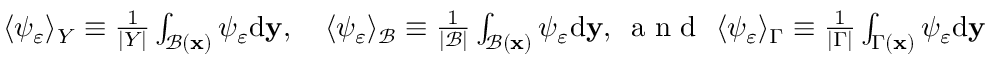
\begin{array} { r } { \langle \psi _ { \varepsilon } \rangle _ { Y } \equiv \frac { 1 } { | Y | } \int _ { \mathcal { B } ( \mathbf x ) } \psi _ { \varepsilon } \mathrm { d } \mathbf { y } , \quad \langle \psi _ { \varepsilon } \rangle _ { \mathcal { B } } \equiv \frac { 1 } { | \mathcal { B } | } \int _ { \mathcal { B } ( \mathbf x ) } \psi _ { \varepsilon } \mathrm { d } \mathbf { y } , \, \mathrm { ~ a ~ n ~ d ~ } \, \, \langle \psi _ { \varepsilon } \rangle _ { \Gamma } \equiv \frac { 1 } { | \Gamma | } \int _ { \Gamma ( \mathbf x ) } \psi _ { \varepsilon } \mathrm { d } \mathbf { y } } \end{array}